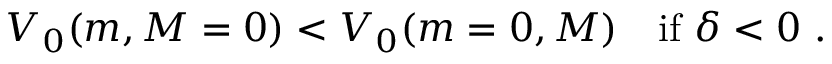
V _ { 0 } ( m , M = 0 ) < V _ { 0 } ( m = 0 , M ) ~ ~ ~ \mathrm { i f } ~ \delta < 0 ~ .